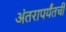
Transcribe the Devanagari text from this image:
अंतरापर्यंतची